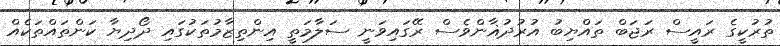
ތުރުކީގެ ރައީސް ރަޖަބް ތައްޔިބު އުރުދުޣާންވެސް ރޭގައިވަނީ ސަލާމަތީ އިންތިޒާމުތަކުގައި ދޯދިޔާ ކަންތައްތަކެއް